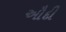
ઔદી